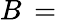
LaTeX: B\, =